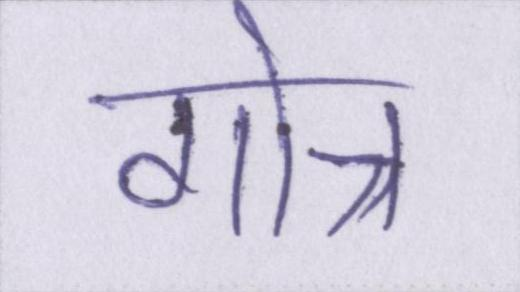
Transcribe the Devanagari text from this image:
गोत्र